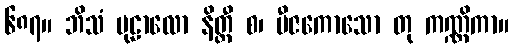
၆၈၇။ ဘိသံ မုဠာလော နိတ္ထီ စ၊ ဗီဇကောသော တု ကဏ္ဏိကာ။